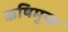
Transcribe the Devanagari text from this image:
ऋषिमुख